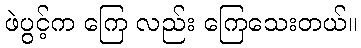
ဖဲပွင့်က ကြေ လည်း ကြေသေးတယ်။